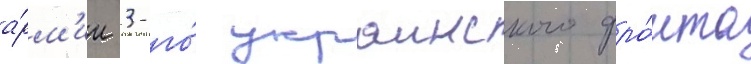
а́рм'ии 3-го́ украинского фро́нта